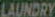
LAUNDRY